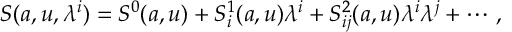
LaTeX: S ( a , u , \lambda ^ { i } ) = S ^ { 0 } ( a , u ) + S _ { i } ^ { 1 } ( a , u ) \lambda ^ { i } + S _ { i j } ^ { 2 } ( a , u ) \lambda ^ { i } \lambda ^ { j } + \cdots \, ,